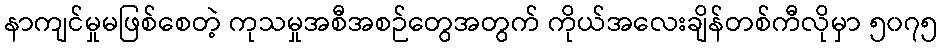
နာကျင်မှုမဖြစ်စေတဲ့ ကုသမှုအစီအစဉ်တွေအတွက် ကိုယ်အလေးချိန်တစ်ကီလိုမှာ ၅၀၇၅